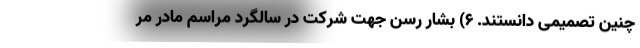
چنین تصمیمی دانستند. ۶) بشار رسن جهت شرکت در سالگرد مراسم مادر مر